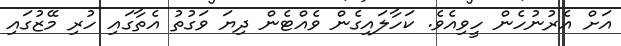
އަށް އެރުނުހެން ހީވިއެވެ. ކަހާލައިގެން ވެއްޓެން ދިޔަ ވަގުތު އެތާގައި ހުރި މޭޒުގައި